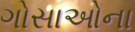
ગોસાઓના